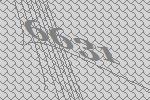
6631